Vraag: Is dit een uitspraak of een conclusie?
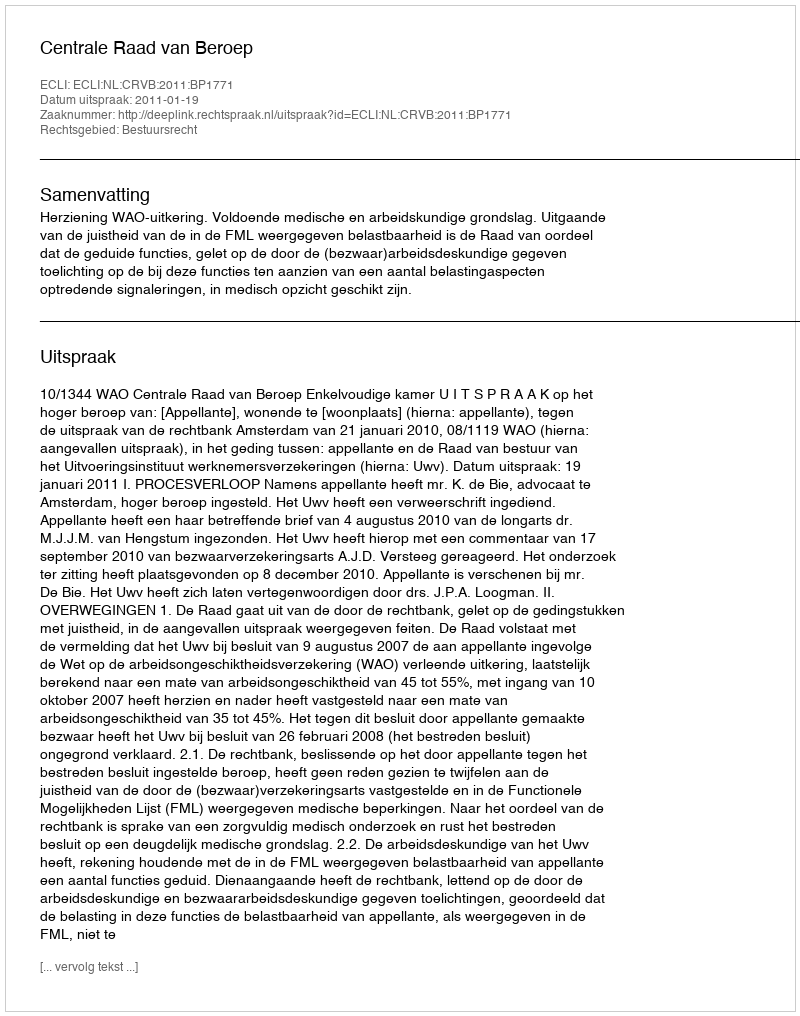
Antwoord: Uitspraak